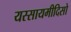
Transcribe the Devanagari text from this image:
यस्सायमीदिसो